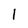
Character: 1